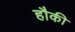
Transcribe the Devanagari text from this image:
हौकी